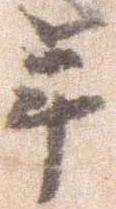
年